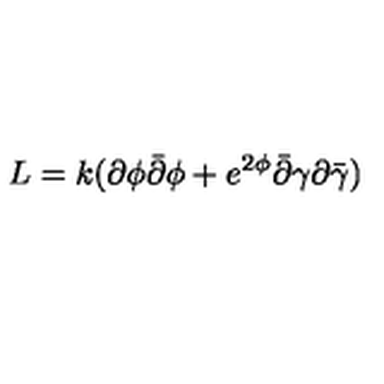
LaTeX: L = k ( \partial \phi \bar { \partial } \phi + e ^ { 2 \phi } \bar { \partial } \gamma \partial \bar { \gamma } )